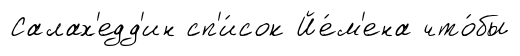
Салах'едд'ин сп'и́сок Йе́м'ена что́бы